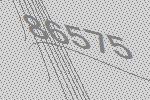
86575